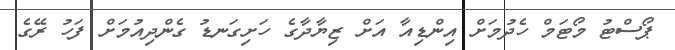
ޕޯސްޓު މޯޓަމް ހެދުމަށް އިންޑިއާ އަށް ޒިޔާދާގެ ހަށިގަނޑު ގެންދިއުމަށް ފަހު ރޭގެ